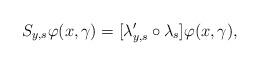
LaTeX: \begin{align*} S_{y,s}\varphi(x,\gamma)=[\lambda'_{y,s}\circ\lambda_s]\varphi(x,\gamma),\end{align*}